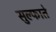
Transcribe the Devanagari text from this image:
सुल्फाते